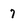
Character: 7